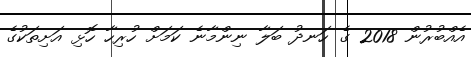
އެއްބުރުން 2018 ގެ ހަނދު ބަލާ ނިންމާނެ ކަމަށް ހުރިހާ ހޮޅި އަށިތަކުގެ